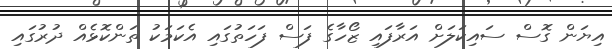
އިޔަން ގޮސް ސައިކަލަށް އަރާފައި ޒޯހާގެ ފަސް ފަހަތުގައި އެކަމަކު ތަންކޮޅެއް ދުރުގައި